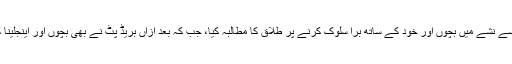
بظاہر تو اینجلینا جولی نے بریڈ پٹ کی جانب سے نشے میں بچوں اور خود کے ساتھ برا سلوک کرنے پر طلاق کا مطالبہ کیا، جب کہ بعد ازاں بریڈ پٹ نے بھی بچوں اور اینجلینا کے ساتھ نشے میں ناروا سلوک کا اعتراف کیا۔